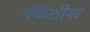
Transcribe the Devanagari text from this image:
यॅर्कशीयर